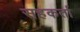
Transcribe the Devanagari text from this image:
सहकर्ता